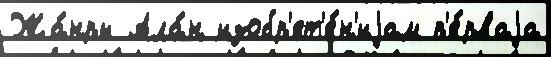
Жа́нры Ала́н изобр'ет'е́н'иjам п'е́рваjа